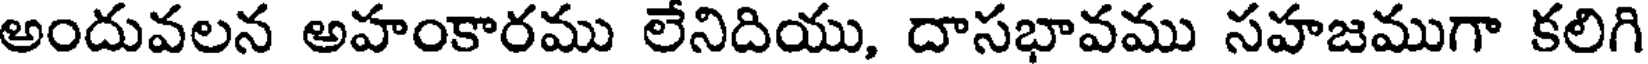
అందువలన అహంకారము లేనిదియు, దాసభావము సహజముగా కలిగి